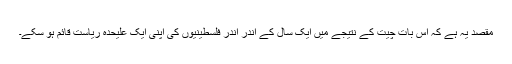
مقصد یہ ہے کہ اس بات چیت کے نتیجے میں ایک سال کے اندر اندر فلسطینیوں کی اپنی ایک علیحدہ ریاست قائم ہو سکے۔